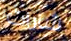
شارات